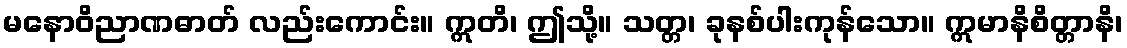
မနောဝိညာဏဓာတ် လည်းကောင်း။ ဣတိ၊ ဤသို့။ သတ္တ၊ ခုနစ်ပါးကုန်သော။ ဣမာနိစိတ္တာနိ၊